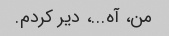
من، آه...، دیر کردم.